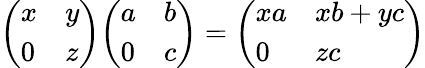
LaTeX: {\left(\begin{array}{ll}{x}&{y}\\ {0}&{z}\end{array}\right)}{\left(\begin{array}{ll}{a}&{b}\\ {0}&{c}\end{array}\right)}={\left(\begin{array}{ll}{xa}&{xb+yc}\\ {0}&{zc}\end{array}\right)}